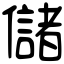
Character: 儲